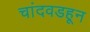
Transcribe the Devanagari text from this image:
चांदवडहून